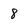
Character: 8